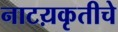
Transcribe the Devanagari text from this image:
नाटय़कृतीचे